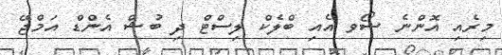
މިރެއި އޮންނެ ޝޯވ އެއި ބްލެކް ލިސްޓް ދި ބުޝް އެންޑް އަމްޖޭ